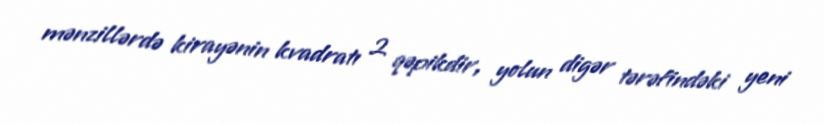
mənzillərdə kirayənin kvadratı 2 qəpikdir, yolun digər tərəfindəki yeni